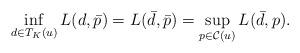
LaTeX: \begin{align*} \inf_{d \in T_K(u)} L(d , \bar{p})=L( \bar{d}, \bar{p})=\sup_{p \in \mathcal{C}(u)} L(\bar d, p).\end{align*}